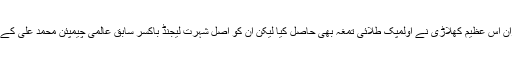
اپنے بیس سالہ باکسنگ کیریئر کے دوران اس عظیم کھلاڑی نے اولمپک طلائی تمغہ بھی حاصل کیا لیکن ان کو اصل شہرت لیجنڈ باکسر سابق عالمی چیمپئن محمد علی کے ساتھ مقابلوں کی وجہ سے حاصل ہوئی۔